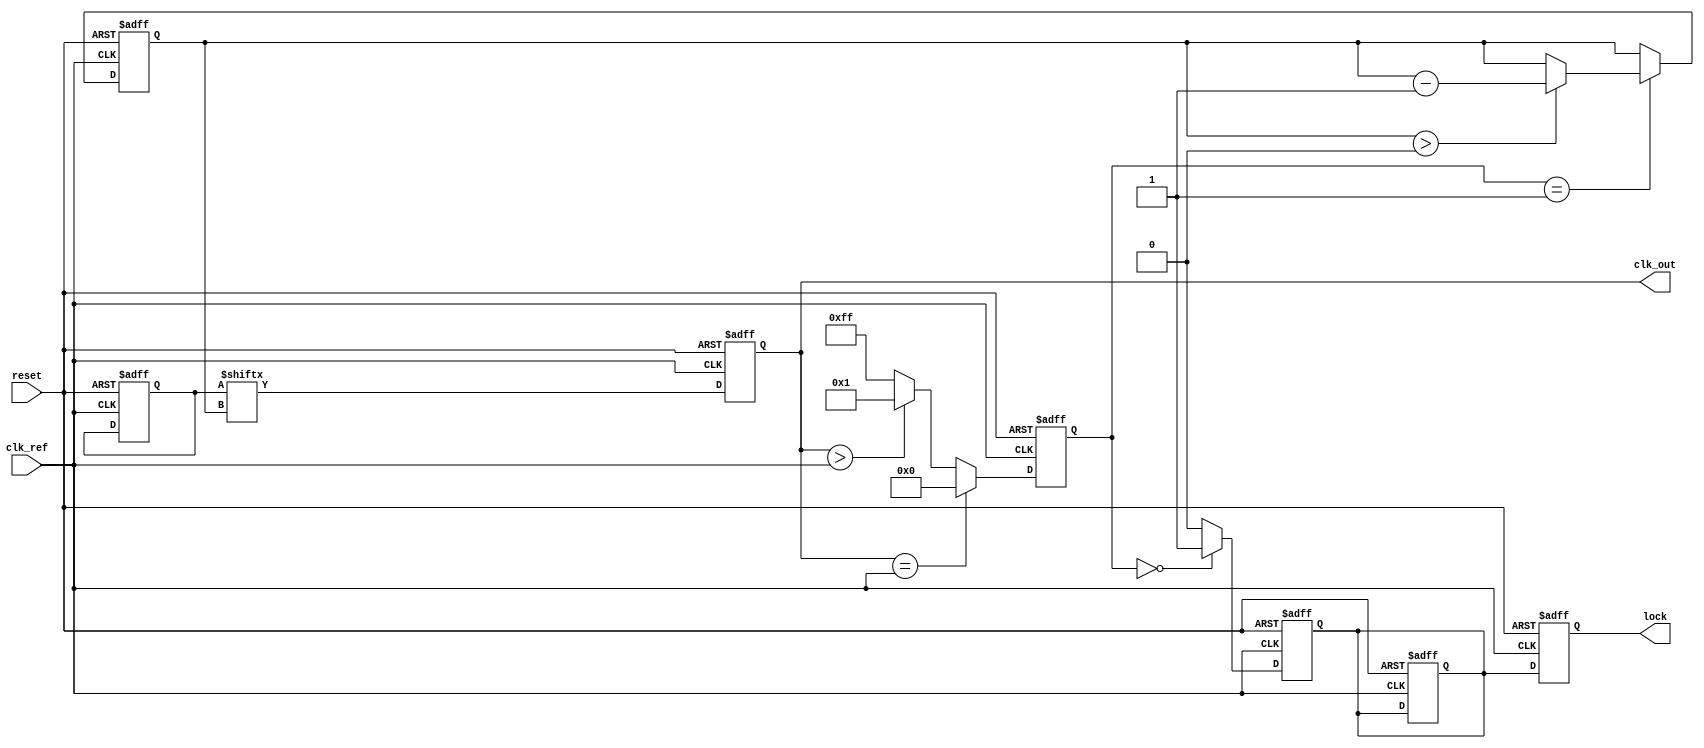
module MemoryBlocksDLL (
    input wire clk_ref,        // Reference clock input
    input wire reset,          // Reset signal
    output reg clk_out,        // Output clock signal
    output reg lock            // Lock status signal
);

    // Parameters for delay line
    parameter NUM_DELAY_ELEMENTS = 8; // Number of delay elements
    parameter DELAY_STEP = 1;          // Fixed delay step (in clock cycles)

    // Internal signals
    reg [NUM_DELAY_ELEMENTS-1:0] delay_line; // Delay line control
    reg [NUM_DELAY_ELEMENTS-1:0] phase_error; // Phase error signal
    reg [2:0] delay_index;                  // Current delay index
    reg locked;                              // Lock status

    // Phase Detector (PD)
    always @(posedge clk_ref or posedge reset) begin
        if (reset) begin
            phase_error <= 0;
        end else begin
            // Simple phase detection logic (for demonstration)
            // Compare the reference clock with the delayed clock
            phase_error <= (clk_out == clk_ref) ? 0 : (clk_out > clk_ref) ? 1 : -1;
        end
    end

    // Delay Line
    always @(posedge clk_ref or posedge reset) begin
        if (reset) begin
            delay_line <= 0;
            delay_index <= 0;
            clk_out <= 0;
            locked <= 0;
        end else begin
            // Update the delay line based on phase error
            case (phase_error)
                1: begin // clk_out is ahead, reduce delay
                    if (delay_index > 0) delay_index <= delay_index - 1;
                end
                -1: begin // clk_out is behind, increase delay
                    if (delay_index < NUM_DELAY_ELEMENTS-1) delay_index <= delay_index + 1;
                end
                default: begin // No adjustment
                    // Maintain current delay_index
                end
            endcase

            // Generate output clock based on delay_index
            clk_out <= delay_line[delay_index];
        end
    end

    // Control Logic
    always @(posedge clk_ref or posedge reset) begin
        if (reset) begin
            locked <= 0;
        end else begin
            // Lock detection logic
            if (phase_error == 0) begin
                locked <= 1; // Locked when phase error is zero
            end else begin
                locked <= 0;
            end
        end
    end

    // Output lock status
    always @(posedge clk_ref or posedge reset) begin
        if (reset) begin
            lock <= 0;
        end else begin
            lock <= locked;
        end
    end

endmodule